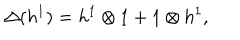
\Delta ( h ^ { 1 } ) = h ^ { 1 } \otimes 1 + 1 \otimes h ^ { 1 } ,